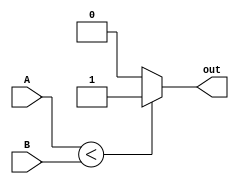
module less_than_comparator (
    input signed [15:0] A,
    input signed [15:0] B,
    output reg out
);

always @* begin
    if (A < B) begin
        out = 1;
    end
    else begin
        out = 0;
    end
end

endmodule